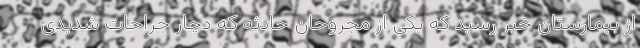
از بیمارستان خبر رسید که یکی از مجروحان حادثه که دچار جراحات شدیدی